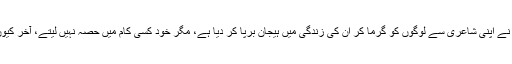
تم نے اپنی شاعری سے لوگوں کو گرما کر ان کی زندگی میں ہیجان برپا کر دیا ہے، مگر خود کسی کام میں حصہ نہیں لیتے، آخر کیوں؟